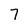
Character: 7